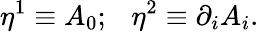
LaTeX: \eta^{1}\equiv A_{0};~~~\eta^{2}\equiv\partial_{i}A_{i}.